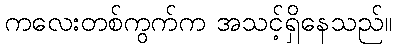
ကလေးတစ်ကွက်က အသင့်ရှိနေသည်။